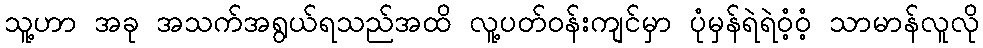
သူ့ဟာ အခု အသက်အရွယ်ရသည်အထိ လူ့ပတ်ဝန်းကျင်မှာ ပုံမှန်ရဲရဲဝံ့ဝံ့ သာမာန်လူလို